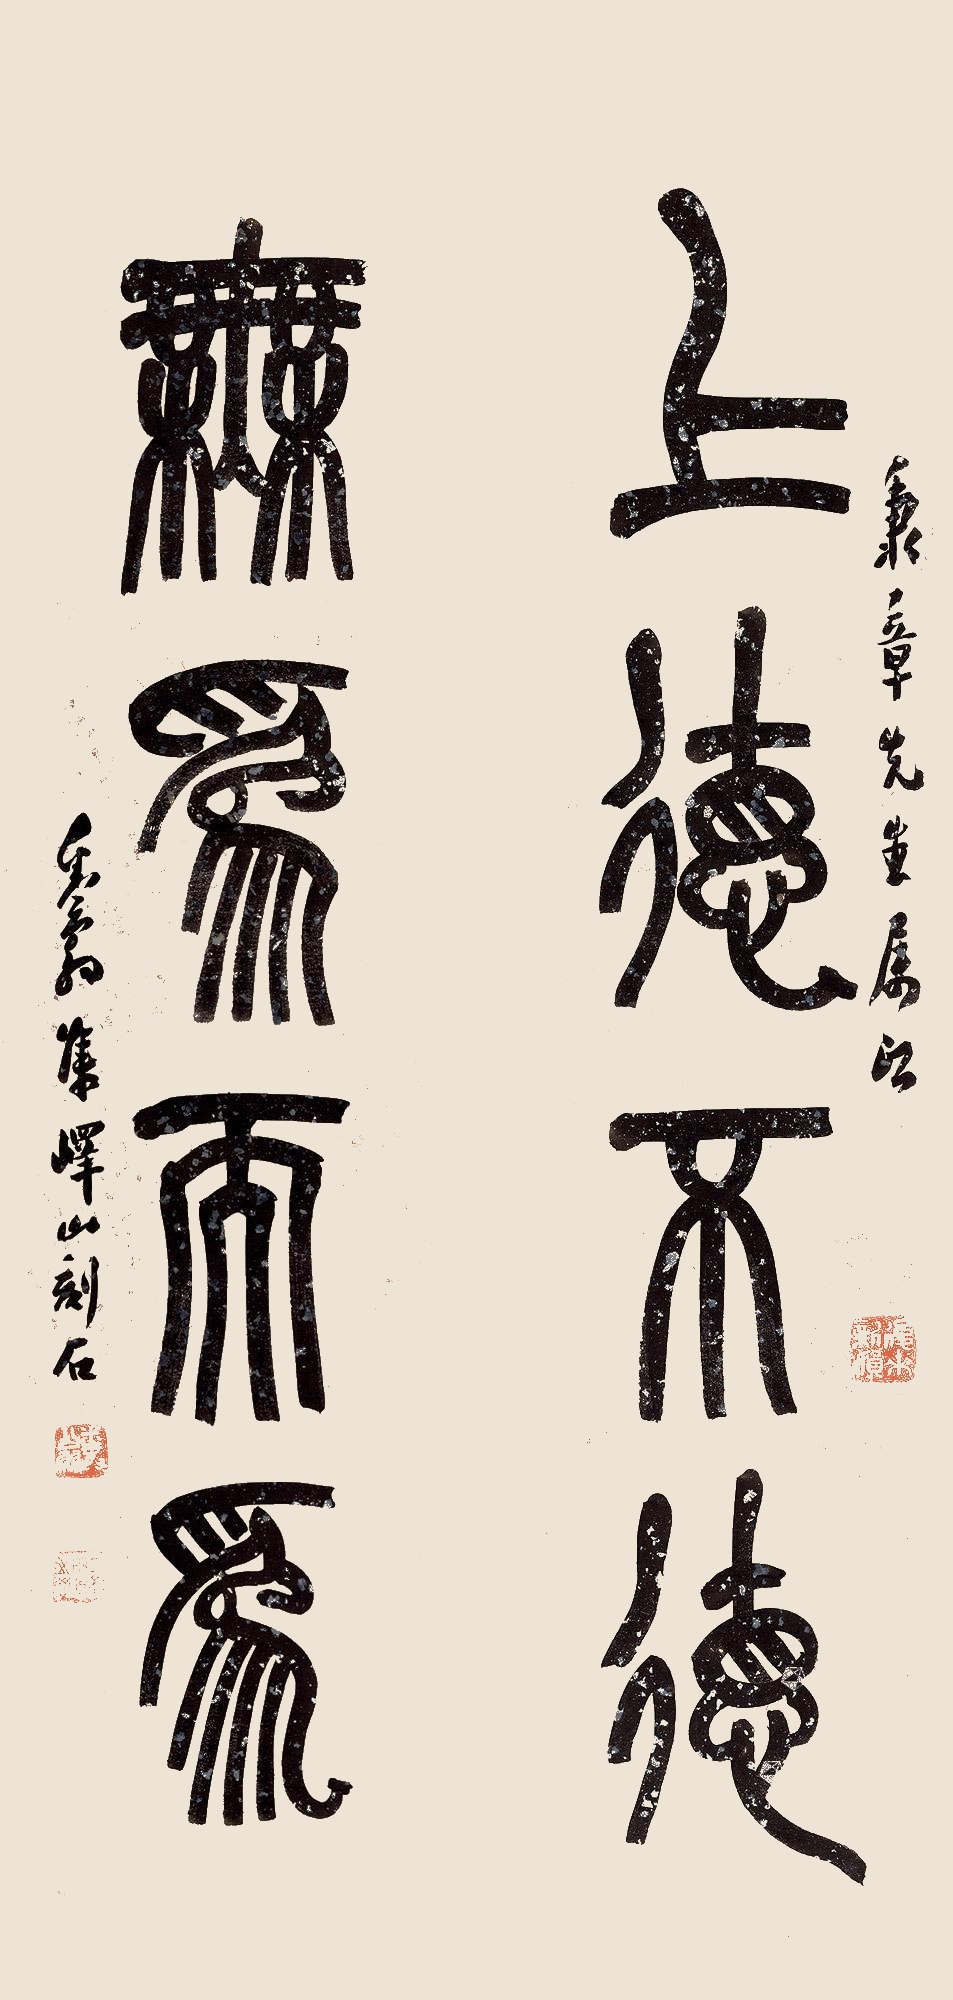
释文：上德不德，无为而为。秉章先生属即。粪翁集峄山刻石。